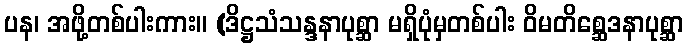
ပန၊ အဖို့တစ်ပါးကား။ (ဒိဋ္ဌသံသန္ဒနာပုစ္ဆာ မရှိပုံမှတစ်ပါး ဝိမတိစ္ဆေဒနာပုစ္ဆာ